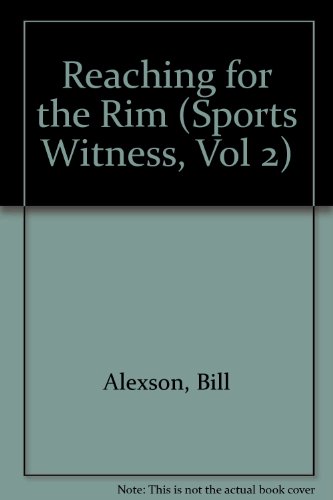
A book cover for Reaching for the Rim (Sports Witness, Vol 2); Bill Alexson; Teen & Young Adult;